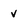
Character: v